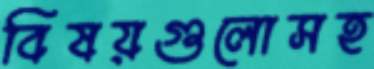
বিষয়গুলোসহ